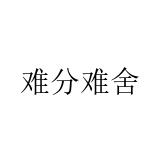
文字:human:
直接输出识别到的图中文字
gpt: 难分难舍